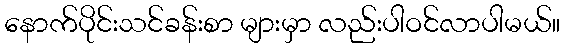
နောက်ပိုင်းသင်ခန်းစာ များမှာ လည်းပါဝင်လာပါမယ်။